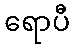
ရောပီ